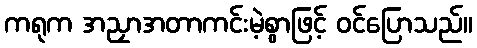
ကရုက အညှာအတာကင်းမဲ့စွာဖြင့် ဝင်ပြောသည်။